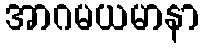
အာဂမယမာနာ